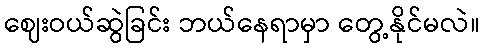
ဈေးဝယ်ဆွဲခြင်း ဘယ်နေရာမှာ တွေ့နိုင်မလဲ။